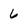
Character: 6